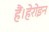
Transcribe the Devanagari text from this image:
हैं।हेरोइन